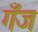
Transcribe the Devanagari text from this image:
गँज